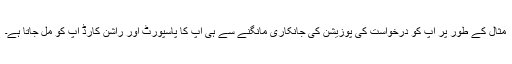
مثال کے طور پر آپ کو درخواست کی پوزیشن کی جانکاری مانگنے سے ہی آپ کا پاسپورٹ اور راشن کارڈ آپ کو مل جاتا ہے۔